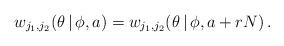
LaTeX: \begin{align*}w_{j_1,j_2}(\theta\,|\,\phi,a)=w_{j_1,j_2}(\theta\,|\,\phi,a+rN)\,.\end{align*}